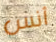
أنس